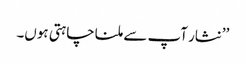
’’نثار آپ سے ملنا چاہتی ہوں۔